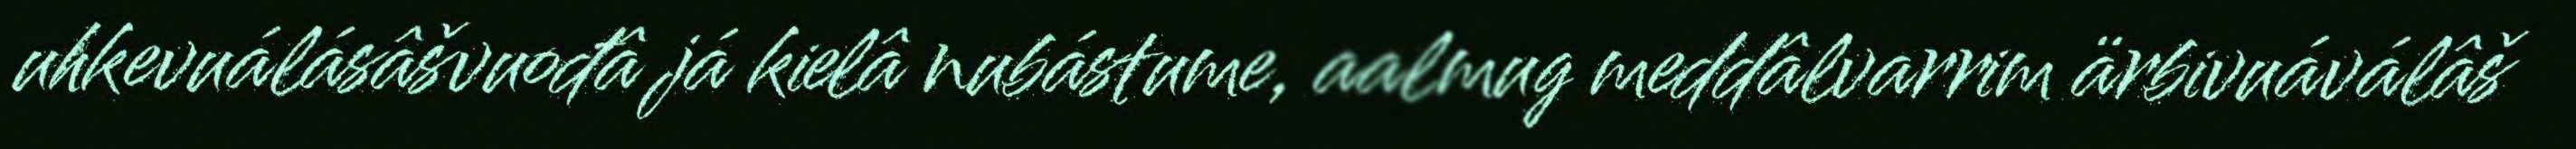
uhkevuálásâšvuođâ já kielâ nubástume, aalmug meddâlvarrim ärbivuáválâš